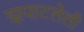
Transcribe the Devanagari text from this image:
झपाटलेली